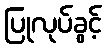
ပြုလုပ်ခွင့်